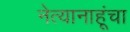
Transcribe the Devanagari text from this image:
नेत्यानाहूंचा